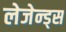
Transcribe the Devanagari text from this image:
लेजेन्ड्स